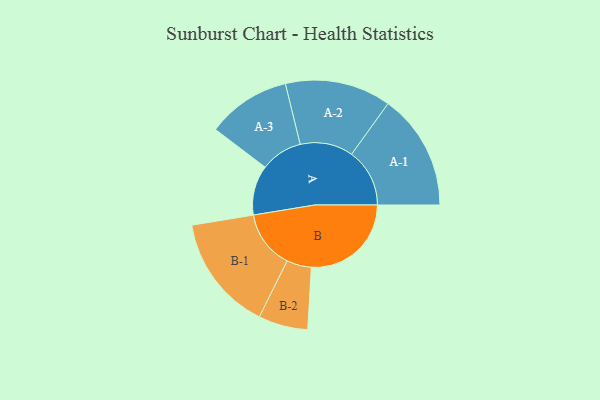
{"axis": {"x": "Segment", "y": "Value"}, "legend": ["", "A", "B"], "data": [{"x": "A", "y": 245, "type": ""}, {"x": "B", "y": 492, "type": ""}, {"x": "A-1", "y": 286, "type": "A"}, {"x": "A-2", "y": 261, "type": "A"}, {"x": "A-3", "y": 206, "type": "A"}, {"x": "B-1", "y": 286, "type": "B"}, {"x": "B-2", "y": 122, "type": "B"}]}